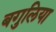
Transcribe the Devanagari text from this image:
बगुलिया